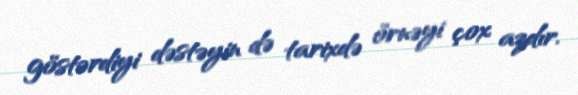
göstərdiyi dəstəyin də tarixdə örnəyi çox azdır.